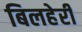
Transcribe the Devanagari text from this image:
बिलहेरी